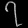
Digit: ၇